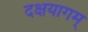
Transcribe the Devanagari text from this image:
दक्षयागम्